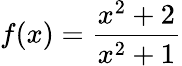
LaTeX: f(x)={\frac{x^{2}+2}{x^{2}+1}}